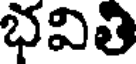
భవితి